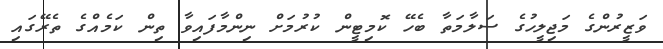
ވަޒީރުންގެ މަޖިލީހުގެ ސަލާމަތާ ބެހޭ ކޮމިޓީން ކުރުމަށް ނިންމާފައިވާ ތިން ކަމެއްގެ ތެރޭގައި